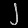
Digit: ၂